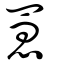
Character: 罳